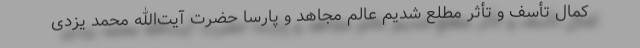
کمال تأسف و تأثر مطلع شدیم عالم مجاهد و پارسا حضرت آیت‌الله محمد یزدی